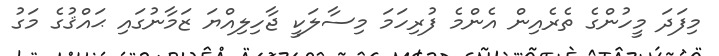
މިފަދަ މީހުންގެ ތެރެއިން އެންމެ ފުރިހަމަ މިސާލަކީ ޖާހިލިއްޔަ ޒަމާނުގައި ޙައްޤުގެ މަގު